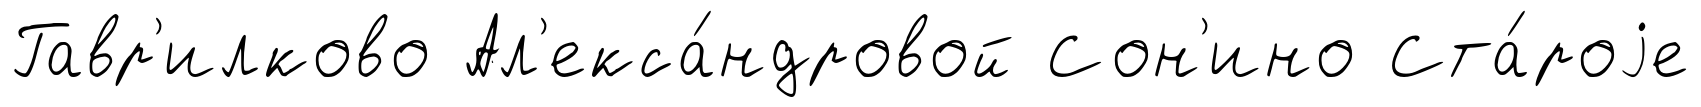
Гавр'илково Ал'екса́ндровой Сон'ино Ста́роjе